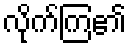
လိုက်ကြ၏